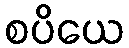
စပိယေ